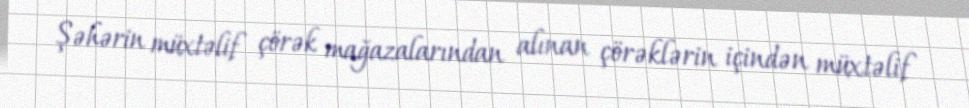
Şəhərin müxtəlif çörək mağazalarından alınan çörəklərin içindən müxtəlif